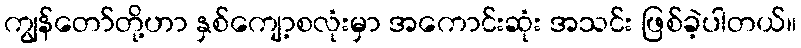
ကျွန်တော်တို့ဟာ နှစ်ကျော့စလုံးမှာ အကောင်းဆုံး အသင်း ဖြစ်ခဲ့ပါတယ်။